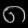
Digit: ၈